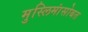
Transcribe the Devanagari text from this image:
मुस्लिमांसोबत